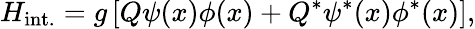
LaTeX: H_{\mathrm{int.}}=g\left[Q\psi(x)\phi(x)+Q^{*}\psi^{*}(x)\phi^{*}(x)\right],